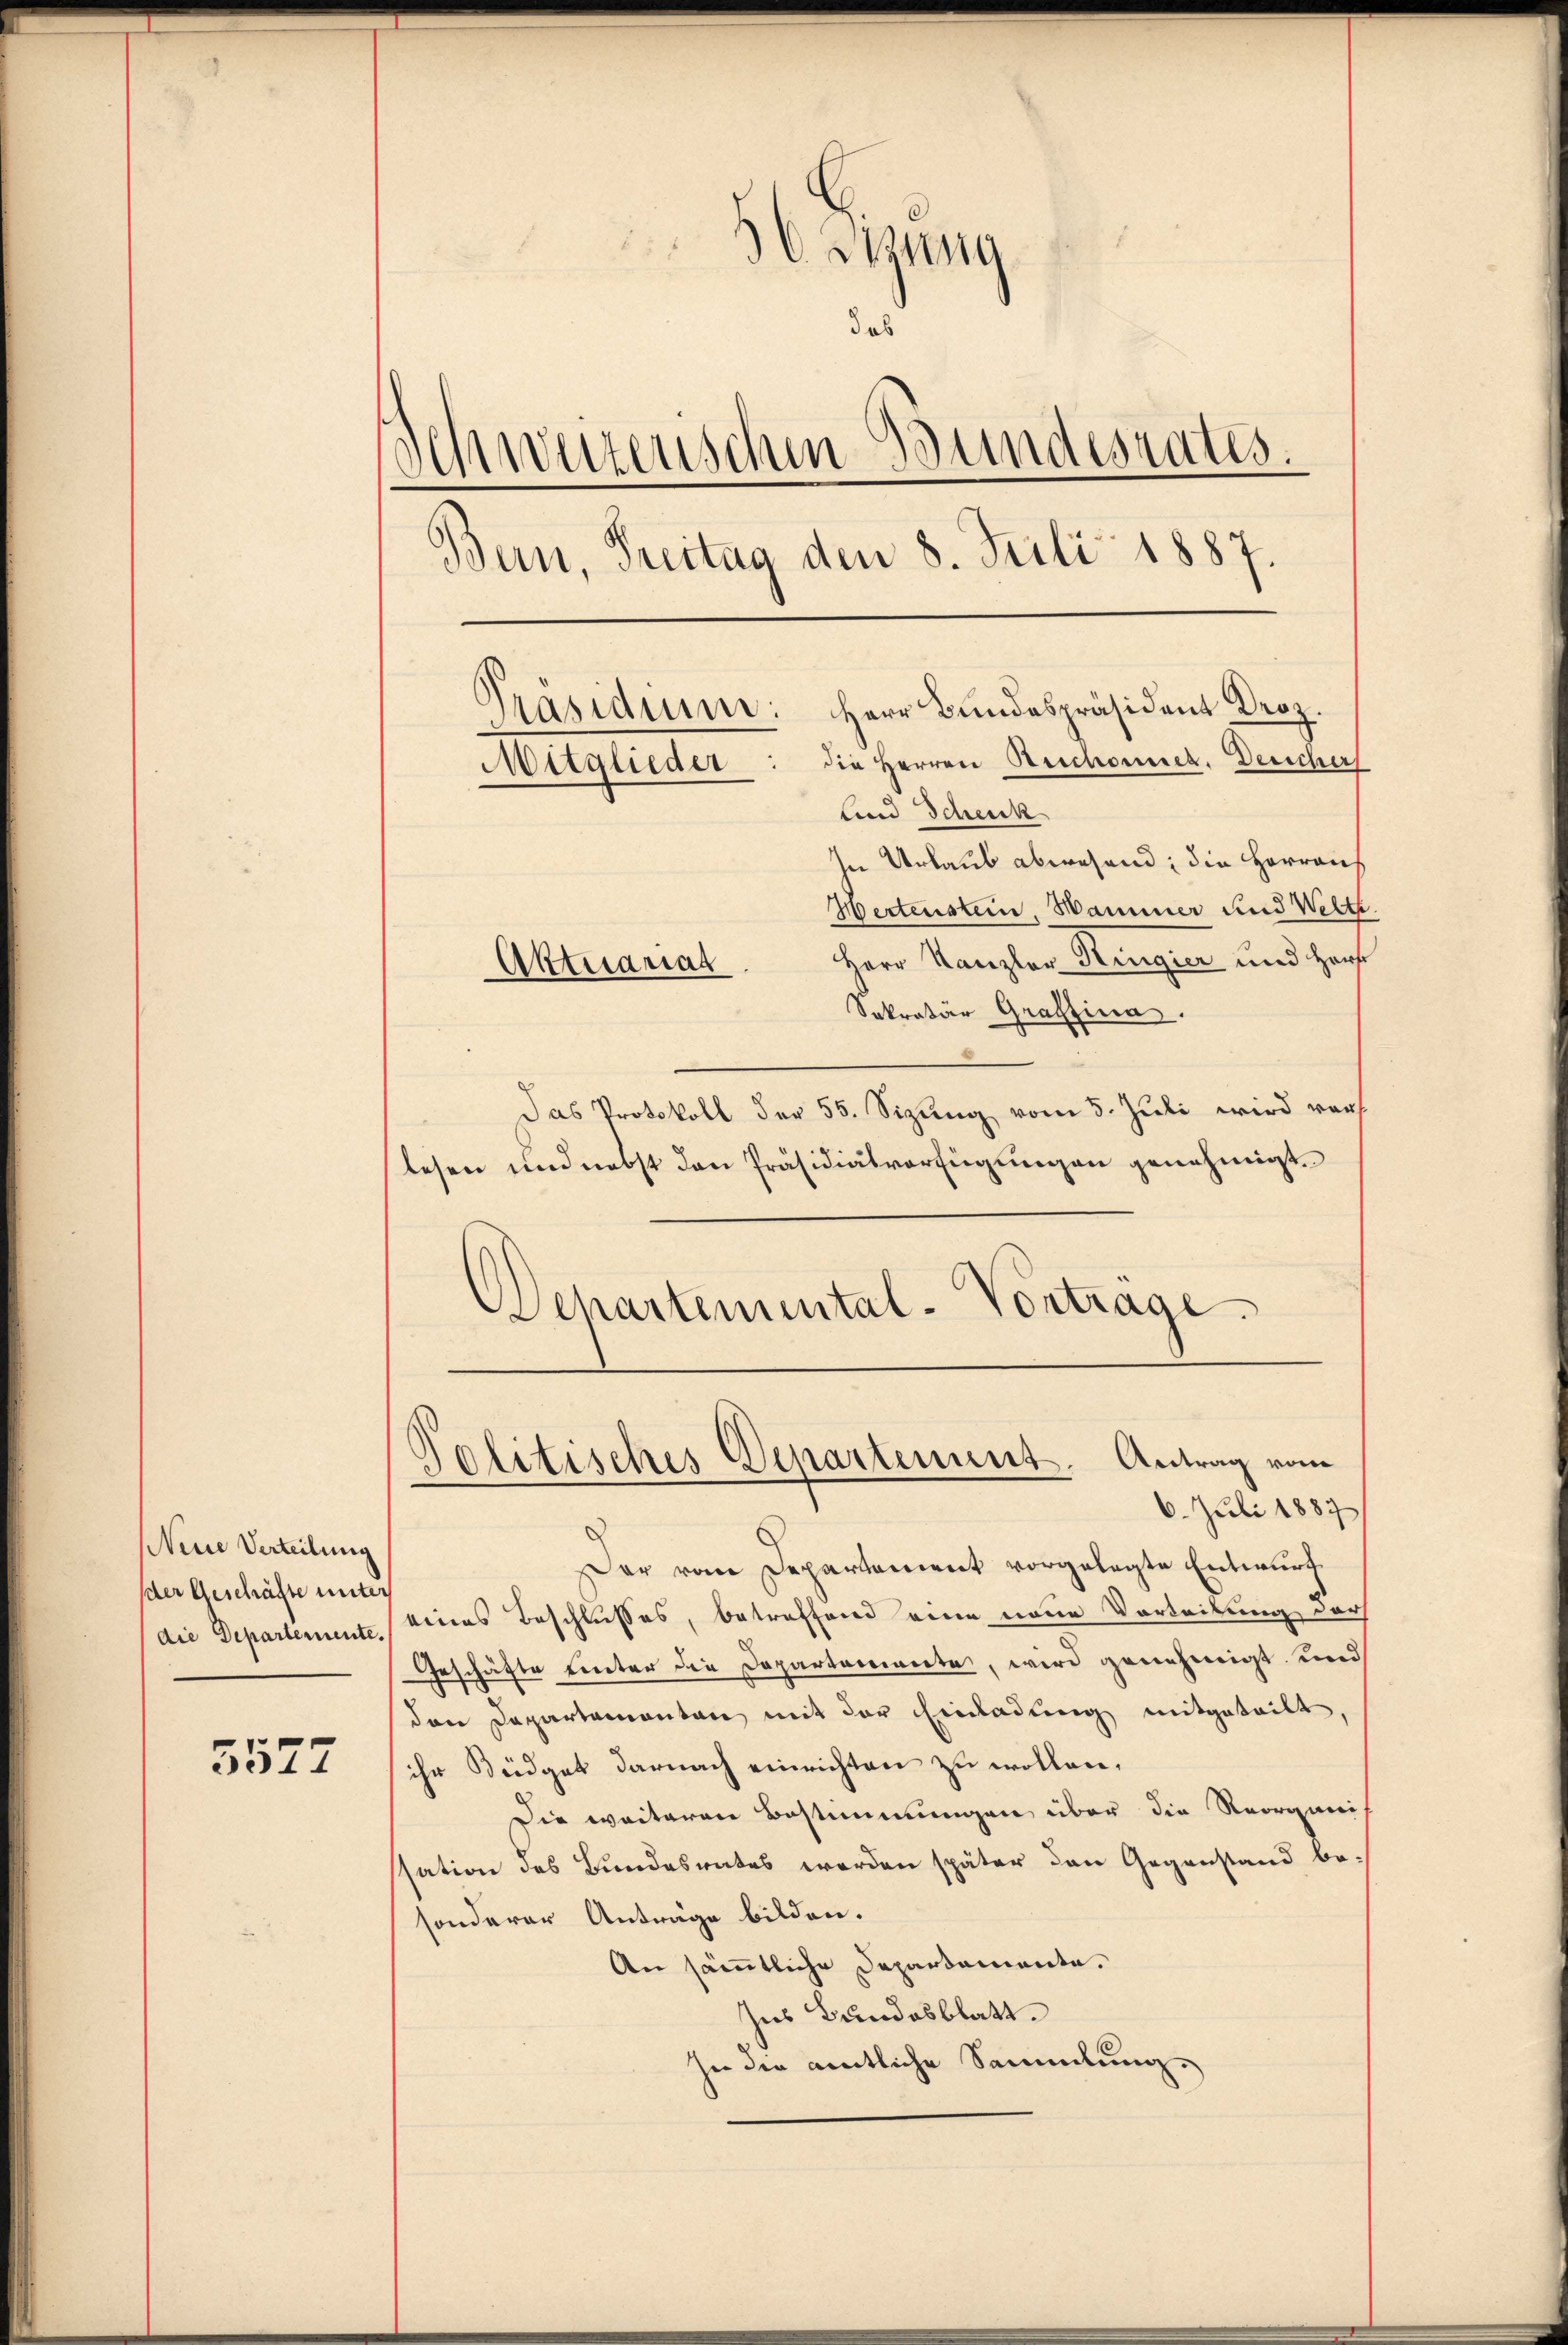
3577

Neue Verteilung
der Geschäfte unter
die Departemente.

s
36 Sitzung
das
Schweizerischen Bundesrates.
Bern, Freitag den 8. Juli 1887.
Herr Bundespräsident Droz.
präsidium:
Mitglieder: die Herren Reichemich, Deucher
Lnd Scheick

In Urlaub abwesend, die Herraus
Hertenstein, Hammer und Welte
Herr Kanzler Ringier und Haup
Sekretär Graffina.
Das Protokoll der 55. Sizung vom 5. Juli wird vor
lesen und nebst den Präsidialverfügungen genehmigt.
Politisches Departement. Antrag vom
6. Juli 1887
Der vom Departement vorgelegte Entwurf
eines Beschlusses, betreffend eine neue Vorteilung durch
Geschäfte unter die Departarierte, wird genehmigt und
den Departamenten mit der Einladung mitgeteilt
ihr Büdget darnach einrichten zu wollen,
Die weiteren Bestimmungen über die Reorganis
ssation des Bundesrates werden später den Gegenstand besonderer Anträge bilden.
An sämmtliche Departemente.
Ins Bundesblatt.
In die amtliche Sammlung.

Aktuariat

Wehartemental-Vortrage.